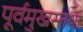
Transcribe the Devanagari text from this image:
पूर्वमुखस्तथा